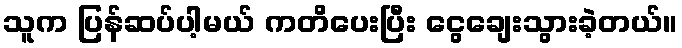
သူက ပြန်ဆပ်ပါ့မယ် ကတိပေးပြီး ငွေချေးသွားခဲ့တယ်။